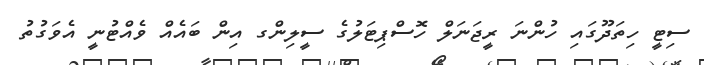
ސިޓީ ހިތަދޫގައި ހުންނަ ރީޖަނަލް ހޮސްޕިޓަލުގެ ސީލިންގ އިން ބައެއް ވެއްޓުނީ އެވަގުތު